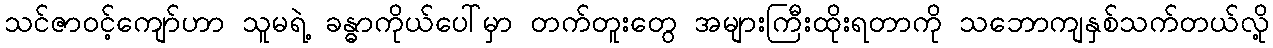
သင်ဇာဝင့်ကျော်ဟာ သူမရဲ့ ခန္ဓာကိုယ်ပေါ်မှာ တက်တူးတွေ အများကြီးထိုးရတာကို သဘောကျနှစ်သက်တယ်လို့